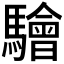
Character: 𩦱